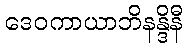
ဒေဝကာယာဘိနန္ဒိနီ